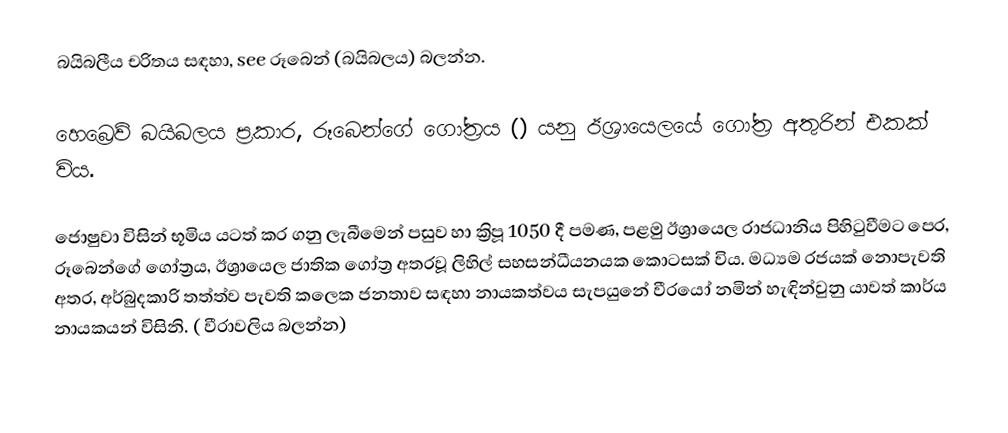
බයිබලීය චරිතය සඳහා, see රූබෙන් (බයිබලය) බලන්න.

හෙබ්‍රෙව්  බයිබලය ප්‍රකාර, රූබෙන්ගේ ගෝත්‍රය () යනු   ඊශ්‍රායෙලයේ ගෝත්‍ර අතුරින් එකක් විය.

ජොෂුවා විසින් භූමිය යටත් කර ගනු ලැබීමෙන් පසුව හා ක්‍රිපූ 1050 දී පමණ, පළමු  ඊශ්‍රායෙල රාජධානිය පිහිටුවීමට පෙර, රූබෙන්ගේ ගෝත්‍රය, ඊශ්‍රායෙල ජාතික ගෝත්‍ර අතරවූ ලිහිල් සහසන්ධීයනයක කොටසක් විය. මධ්‍යම රජයක් නොපැවති අතර, අර්බුදකාරි තත්ත්ව පැවති කලෙක ජනතාව සඳහා නායකත්වය සැපයුනේ  වීරයෝ නමින් හැඳින්වුනු යාවත් කාර්ය නායකයන් විසිනි. ( වීරාවලිය බලන්න)